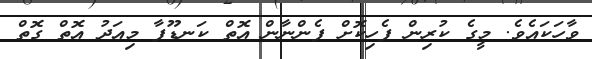
ވާހަކައެވެ. މީގެ ކުރިން ފެހިކޮށް ފެންނާން އޮތް ކަނޑޫފާ މިއަދު އޮތް ގޮތް